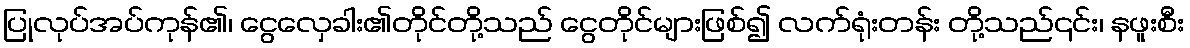
ပြုလုပ်အပ်ကုန်၏၊ ငွေလှေခါး၏တိုင်တို့သည် ငွေတိုင်များဖြစ်၍ လက်ရုံးတန်း တို့သည်၎င်း၊ နဖူးစီး